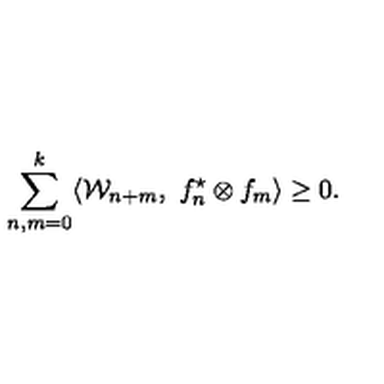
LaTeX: \sum _ { n , m = 0 } ^ { k } \langle { \cal W } _ { n + m } , \ f _ { n } ^ { \star } \otimes f _ { m } \rangle \geq 0 .